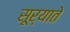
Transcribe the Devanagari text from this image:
सूर्याते